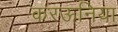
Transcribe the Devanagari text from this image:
करऊनिया